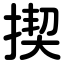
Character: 揳